Civil Veterinary Dept. Bombay admin report 1932-41 - 1932-1941
Year: 1932
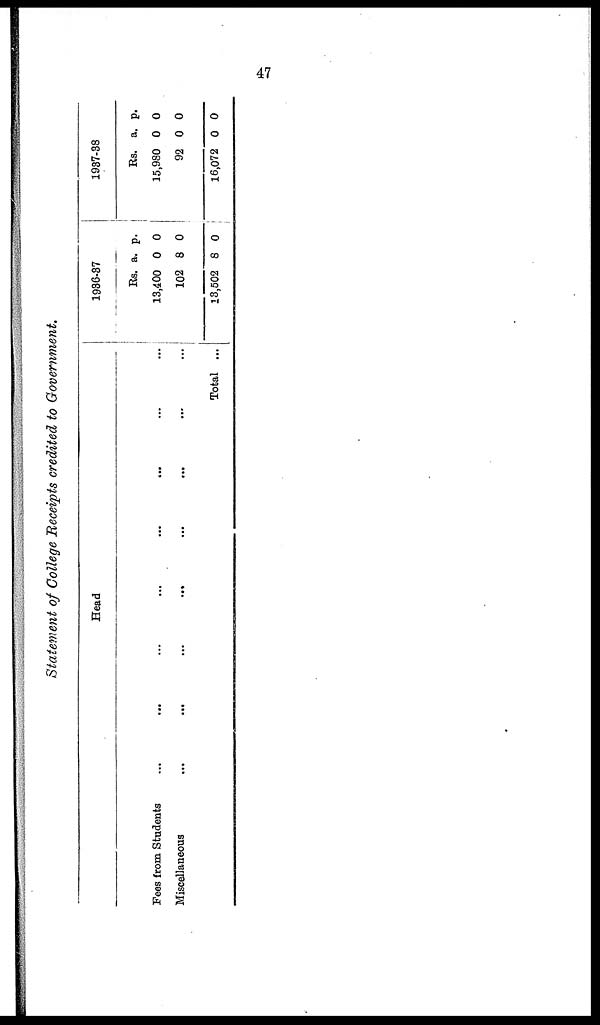
47
Statement of College Receipts credited to Government.
Head
Fees from Students
...
...
...
...
...
...
...
...
Miscellaneous
...
...
...
...
...
...
...
...
Total ...
1936-37
Rs.
13,400
102
13,502
a.
0
8
8
p.
0
0
0
1937-38
Rs.
15,980
92
16,072
a.
0
0
0
p.
0
0
0